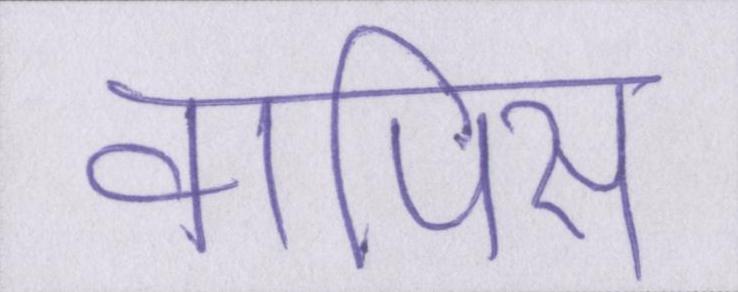
वापिस